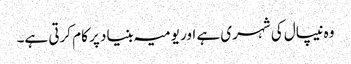
وہ نیپال کی شہری ہے اور یومیہ بنیاد پر کام کرتی ہے۔